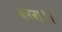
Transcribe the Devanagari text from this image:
करना।।